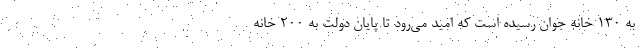
به ۱۳۰ خانه جوان رسیده است که امید می‌رود تا پایان دولت به ۲۰۰ خانه